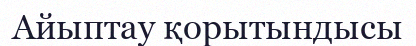
Айыптау қорытындысы